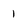
Character: 1